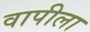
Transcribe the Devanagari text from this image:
वापीला